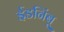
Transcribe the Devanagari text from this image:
ईडनिंबू